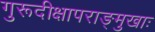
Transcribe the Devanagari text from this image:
गुरूदीक्षापराङ्मुखाः